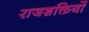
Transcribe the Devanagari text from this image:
राजशक्तियों